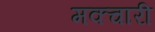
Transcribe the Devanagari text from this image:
मक्चारी